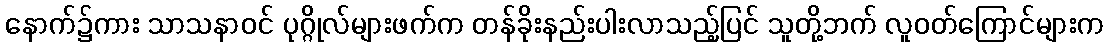
နောက်၌ကား သာသနာဝင် ပုဂ္ဂိုလ်များဖက်က တန်ခိုးနည်းပါးလာသည့်ပြင် သူတို့ဘက် လူဝတ်ကြောင်များက